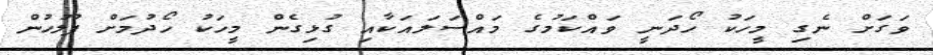
ވަގަށް ނެގި މީހަކު ހޯދަނީ ވައްކަމުގެ މައްސަލައަކާއި ގުޅިގެން މީހަކު ހޯދުމަށް ފުލުހުން